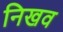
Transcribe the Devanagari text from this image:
निखव